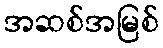
အဆစ်အမြစ်